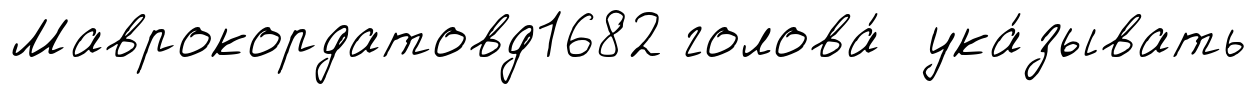
Маврокордатовд1682 голова́ ука́зывать